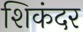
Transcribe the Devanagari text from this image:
शिकंदर